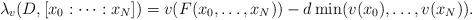
LaTeX: \begin{align*}\lambda_v(D,[x_0:\cdots : x_N]) = v(F(x_0,\ldots,x_N)) - d \min(v(x_0),\ldots, v(x_N)).\end{align*}